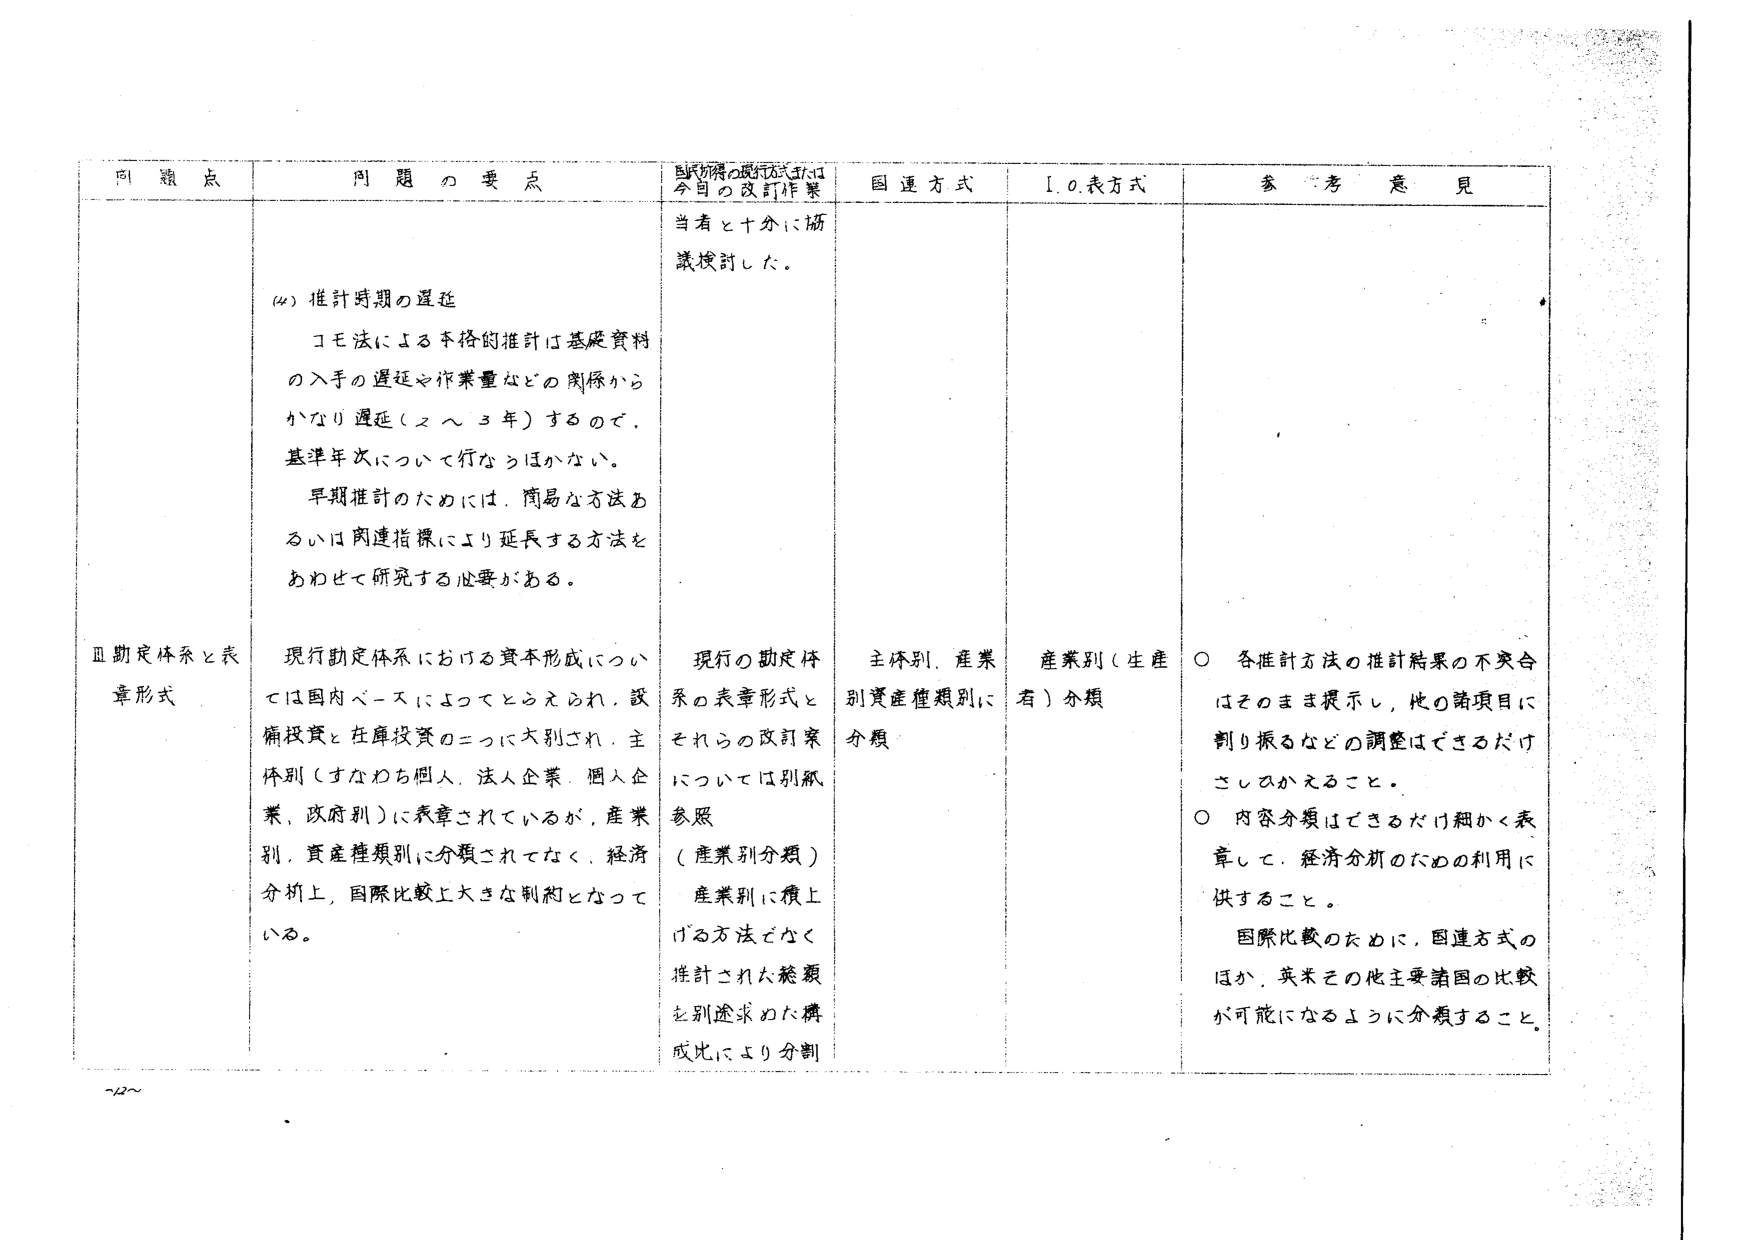
問題点 問題の要点 国連方式 I.O.表方式 参考意見
当該物価の現行方式および 今日の改訂作業 当者と十分に協議検討した。
(4) 推計時期の遅延
コモ法による本格的推計は基礎資料の入手の遅延や作業量などの関係からかなり遅延（2～3年）するので、基準年次について行なうほかない。
早期推計のためには、簡易な方法あるいは国連指標により延長する方法をあわせて研究する必要がある。
Ⅲ 勘定体系と表章形式
現行勘定体系における資本形成については国内ベースによってとらえられ、設備投資と在庫投資の二つに大別され、主体別（すなわち個人、法人企業、個人企業、政府別）に表章されているが、産業別、資産種類別に分類されてなく、経済分析上、国際比較上大きな制約となっている。
現行の勘定体系の表章形式とそれらの改訂案については別紙参照
（産業別分類）
産業別に積上げる方法でなく推計された総額を別途求めた構成比により分割
主体別、産業別資産種類別に分類
産業別（生産者）分類
○ 各推計方法の推計結果の不突合はそのまま提示し、他の諸項目に割り振るなどの調整はできるだけさしつかえること。
○ 内容分類はできるだけ細かく表章して、経済分析のための利用に供すること。
国際比較のために、国連方式のほか、英米その他主要諸国の比較が可能になるように分類すること。
~22~